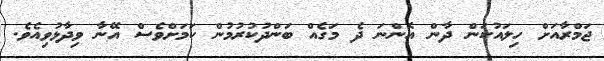
ޖަމްރާއަށް ހިލައުކަން ދާން އޮންނަ ދެ މަގެއް ބަންދުކުރުމުން ކަމަށްވެސް އޭނާ ވިދާޅުވިއެވެ.